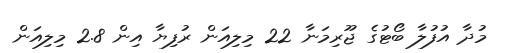
މުދާ އުފުލާ ބޯޓުގެ ޖޫރިމަނާ 22 މިލިއަން ރުފިޔާ އިން 2.8 މިލިއަން